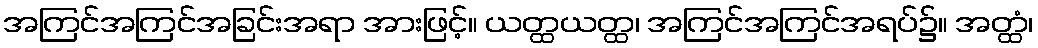
အကြင်အကြင်အခြင်းအရာ အားဖြင့်။ ယတ္ထယတ္ထ၊ အကြင်အကြင်အရပ်၌။ အတ္ထံ၊